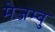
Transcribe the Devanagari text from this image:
मेजम्बु